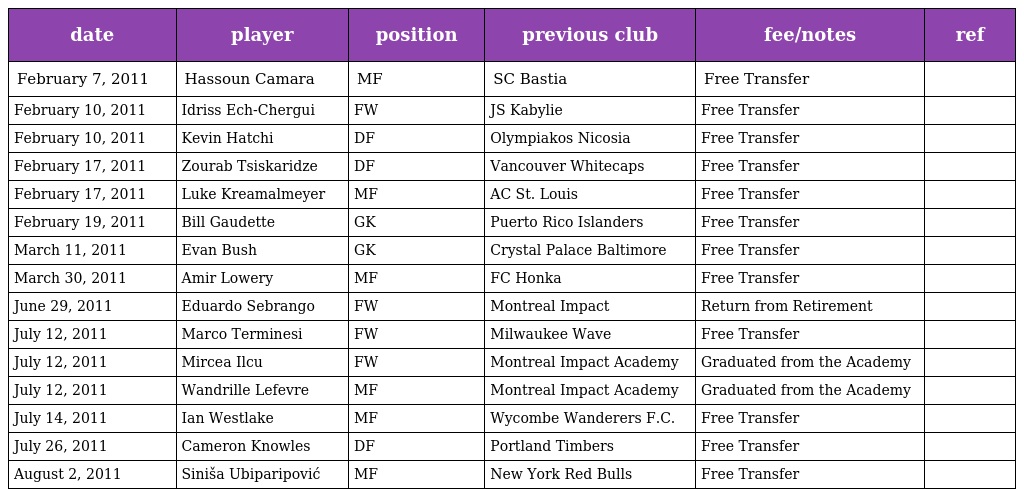
| date | player | position | previous club | fee/notes | ref |
 | --- | --- | --- | --- | --- | --- |
 | February 7, 2011 | Hassoun Camara | MF | SC Bastia | Free Transfer |  |
 | February 10, 2011 | Idriss Ech-Chergui | FW | JS Kabylie | Free Transfer |  |
 | February 10, 2011 | Kevin Hatchi | DF | Olympiakos Nicosia | Free Transfer |  |
 | February 17, 2011 | Zourab Tsiskaridze | DF | Vancouver Whitecaps | Free Transfer |  |
 | February 17, 2011 | Luke Kreamalmeyer | MF | AC St. Louis | Free Transfer |  |
 | February 19, 2011 | Bill Gaudette | GK | Puerto Rico Islanders | Free Transfer |  |
 | March 11, 2011 | Evan Bush | GK | Crystal Palace Baltimore | Free Transfer |  |
 | March 30, 2011 | Amir Lowery | MF | FC Honka | Free Transfer |  |
 | June 29, 2011 | Eduardo Sebrango | FW | Montreal Impact | Return from Retirement |  |
 | July 12, 2011 | Marco Terminesi | FW | Milwaukee Wave | Free Transfer |  |
 | July 12, 2011 | Mircea Ilcu | FW | Montreal Impact Academy | Graduated from the Academy |  |
 | July 12, 2011 | Wandrille Lefevre | MF | Montreal Impact Academy | Graduated from the Academy |  |
 | July 14, 2011 | Ian Westlake | MF | Wycombe Wanderers F.C. | Free Transfer |  |
 | July 26, 2011 | Cameron Knowles | DF | Portland Timbers | Free Transfer |  |
 | August 2, 2011 | Siniša Ubiparipović | MF | New York Red Bulls | Free Transfer |  |